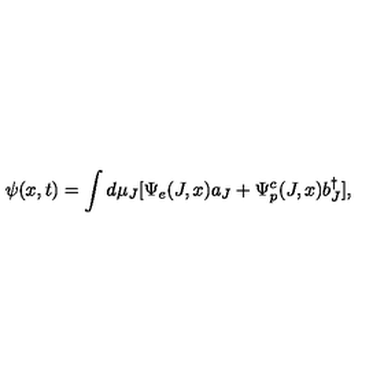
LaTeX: \psi ( x , t ) = \int d \mu _ { J } [ \Psi _ { e } ( J , x ) a _ { J } + \Psi _ { p } ^ { c } ( J , x ) b _ { J } ^ { \dagger } ] ,